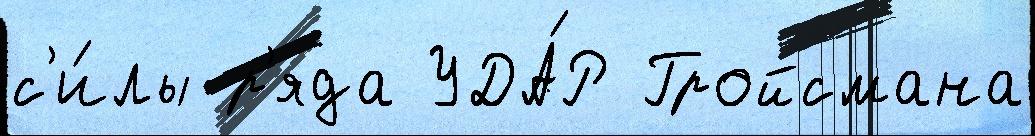
с'и́лы р'яда УДА́Р Гройсмана